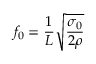
f _ { 0 } = \frac { 1 } { L } \sqrt { \frac { \sigma _ { 0 } } { 2 \rho } }